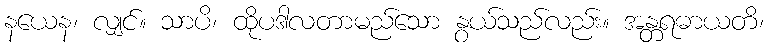
နယေန၊ လျှင်။ သာပိ၊ ထိုပဒါလတာမည်သော နွယ်သည်လည်း။ အန္တရဓာယတိ၊